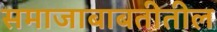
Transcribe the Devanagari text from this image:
समाजाबाबतीतील